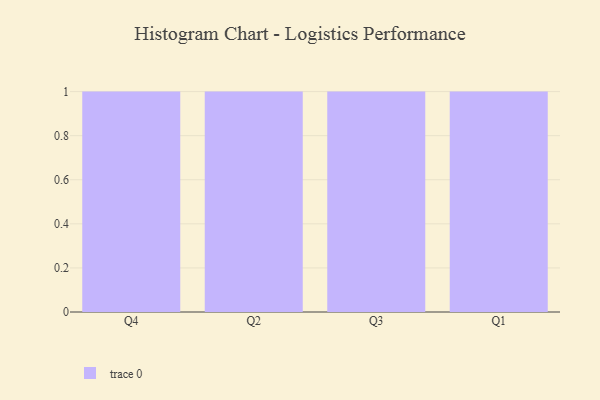
{"axis": {"x": "Quarter", "y": "Tickets Resolved"}, "legend": [""], "data": [{"x": "Q4", "y": 40, "type": ""}, {"x": "Q2", "y": 31, "type": ""}, {"x": "Q3", "y": 51, "type": ""}, {"x": "Q1", "y": 38, "type": ""}]}